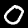
Digit: 0